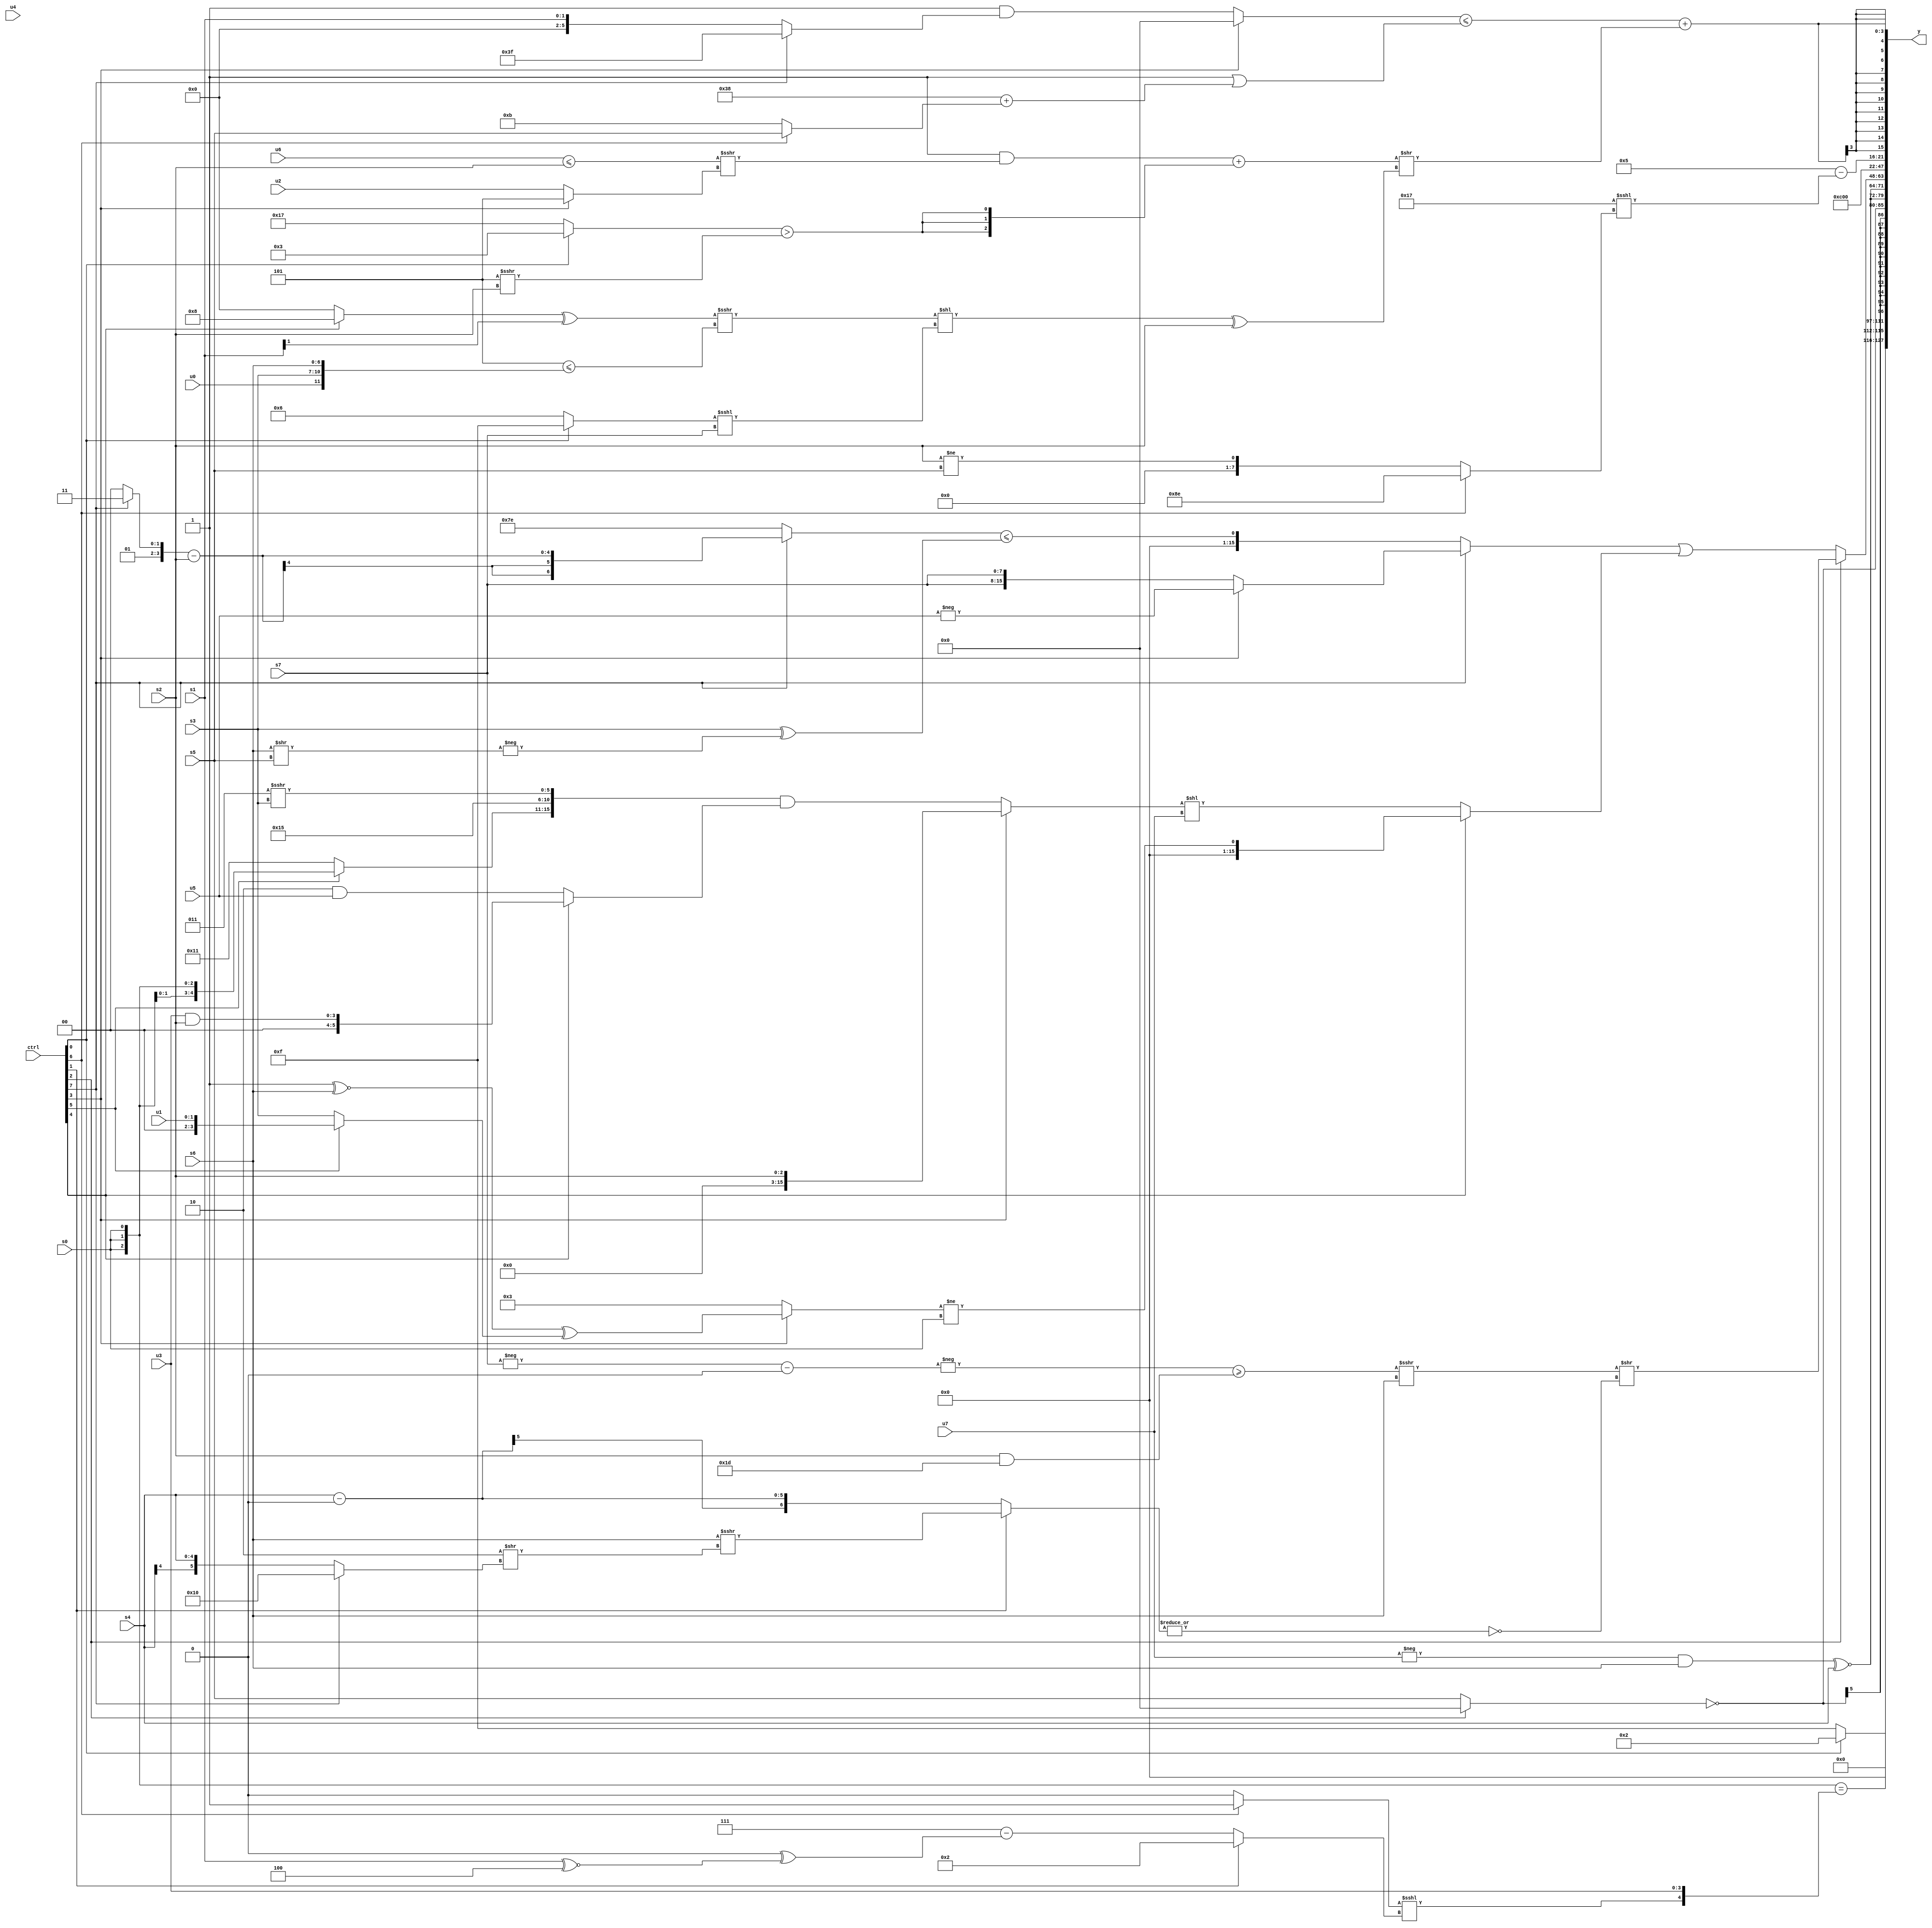
module wideexpr_00404(ctrl, u0, u1, u2, u3, u4, u5, u6, u7, s0, s1, s2, s3, s4, s5, s6, s7, y);
  input [7:0] ctrl;
  input [0:0] u0;
  input [1:0] u1;
  input [2:0] u2;
  input [3:0] u3;
  input [4:0] u4;
  input [5:0] u5;
  input [6:0] u6;
  input [7:0] u7;
  input signed [0:0] s0;
  input signed [1:0] s1;
  input signed [2:0] s2;
  input signed [3:0] s3;
  input signed [4:0] s4;
  input signed [5:0] s5;
  input signed [6:0] s6;
  input signed [7:0] s7;
  output [127:0] y;
  wire [15:0] y0;
  wire [15:0] y1;
  wire [15:0] y2;
  wire [15:0] y3;
  wire [15:0] y4;
  wire [15:0] y5;
  wire [15:0] y6;
  wire [15:0] y7;
  assign y = {y0,y1,y2,y3,y4,y5,y6,y7};
  assign y0 = (ctrl[0]?5'sb00010:5'sb01111);
  assign y1 = ({3{s0}})==({((ctrl[6]?1'sb1:1'sb0))<<<((ctrl[1]?2'sb10:(6'sb000111)-((+(2'b00))^((s1)^~(3'sb100))))),u3});
  assign y2 = $signed(~((ctrl[2]?1'sb0:s5)));
  assign y3 = {2{$signed(((-($unsigned(+(u7))))&(s6))^~(s4))}};
  assign y4 = {1{(ctrl[2]?(ctrl[2]?(((-((-(s7))-($signed(1'sb0))))>=($signed(($signed(s2))&(6'sb011101))))>>>(s6))>>(~|((ctrl[1]?(s6)>>>((3'sb110)>>((ctrl[7]?6'sb010000:s4))):(s4)-($signed((s0)>>(2'sb01)))))):5'sb01110):((ctrl[7]?(ctrl[3]?-(u5):{3{s7}}):((ctrl[7]?((ctrl[7]?4'sb0111:(2'sb01)<<(2'sb10)))-(+(s2)):2'sb10))<=((s3)^(+(-((s6)>>(s5)))))))|((ctrl[4]?(+((ctrl[3]?((2'sb01)^~(s6))^((ctrl[5]?u1:s3)):4'sb0011)))!=(s0):((ctrl[3]?$unsigned($signed(s2)):({(ctrl[5]?s0:5'sb10001),5'b10101,(6'sb000011)>>>(s3)})&((ctrl[4]?(u3)&(s2):(3'b010)&(u5)))))<<(u7))))}};
  assign y5 = 2'b11;
  assign y6 = $unsigned((5'sb00101)-((6'sb010111)<<<((ctrl[6]?({5'sb01000,5'sb11101})>>(^(1'sb1)):((s2)!=(s5))>>>((3'sb110)<<(2'sb10))))));
  assign y7 = ($signed({4{((ctrl[3]?-(1'sb0):(2'sb01)&((ctrl[7]?-(3'b001):s1))))<=(($signed($unsigned(1'b1)))|((-(4'sb1000))+(+((ctrl[6]?s5:4'sb1011)))))}}))+($signed((($signed(({(s0)<<(4'b0101),1'sb1})&(((u6)<=(s2))>>>((ctrl[3]?3'sb101:u2)))))+(+({3{((ctrl[0]?3'sb011:5'sb10111))>((4'sb1101)>>>(s2))}})))>>((((((ctrl[4]?4'sb1000:2'sb00))^((s1)>>>(6'sb000010)))>>>((3'b101)<=({u0,s3,s6})))<<({((ctrl[0]?3'sb111:4'sb0110))<<<(s7)}))^(s2))));
endmodule